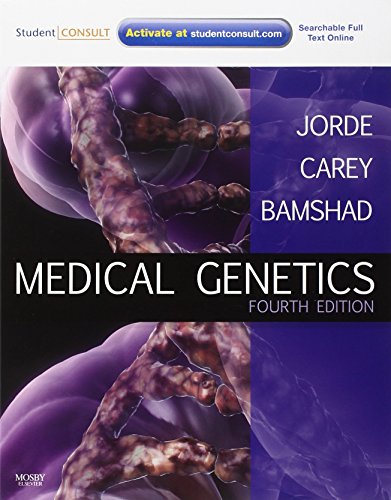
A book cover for Medical Genetics: With STUDENT CONSULT Online Access, 4e (MEDICAL GENETICS ( JORDE)); Lynn B. Jorde PhD; Medical Books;